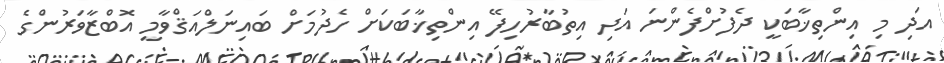
އަދި މި އިންތިޚާބަކީ ދެފުށްފެންނަ އަދި އިތުބާރުހިފޭ އިންތިޚާބަކަށް ހެދުމަށް ބައިނަލްއަޤްވާމީ އޮބްޒާވަރުންގެ